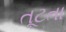
તૂટતા